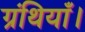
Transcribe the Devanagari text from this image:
ग्रंथियाँ।